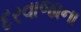
દરવાજાના